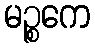
မဉ္စကေ